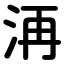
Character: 洅